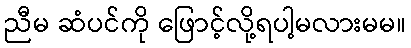
ညီမ ဆံပင်ကို ဖြောင့်လို့ရပါ့မလားမမ။